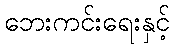
ဘေးကင်းရေးနှင့်